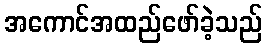
အကောင်အထည်ဖော်ခဲ့သည်